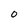
Character: 0